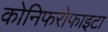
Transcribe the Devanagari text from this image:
कोनिफरोफाइटा